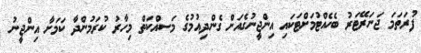
ފުރަތަމަ ޖަނަރޭޓަރު ބެހެއްޓުމަށްޓަކައި އިންޖީނުގެއަށް ގެންދިއުމުގެ މަސއްކަތް މިހާރު ކުރަމުންދާ ކަމަށާ އިންޖީނު